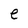
Character: e